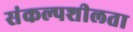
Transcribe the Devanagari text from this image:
संकल्पशीलता